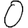
Digit: 0